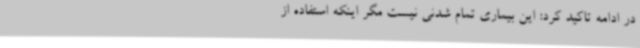
در ادامه تاکید کرد: این بیماری تمام شدنی نیست مگر اینکه استفاده از